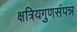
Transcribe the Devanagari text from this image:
क्षत्रियगुणसंपन्न